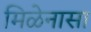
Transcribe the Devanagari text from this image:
मिळेनासा